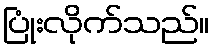
ပြုံးလိုက်သည်။